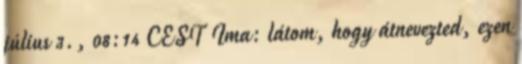
július 3., 08:14 CEST Ima: látom, hogy átnevezted, ezen